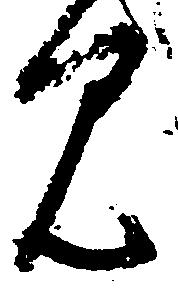
見